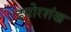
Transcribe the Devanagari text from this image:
ढपोरशंख